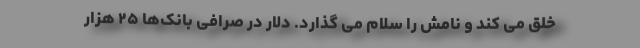
خلق می کند و نامش را سلام می گذارد. دلار در صرافی بانک‌ها ۲۵ هزار